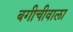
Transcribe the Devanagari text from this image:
बगीचीवाला